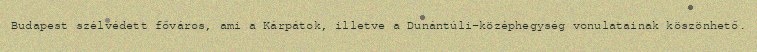
Budapest szélvédett főváros, ami a Kárpátok, illetve a Dunántúli-középhegység vonulatainak köszönhető.